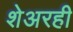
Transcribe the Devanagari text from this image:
शेअरही